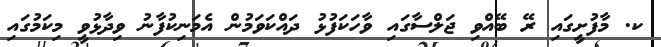
ކ. މާފުށީގައި ރޭ ބޭއްވި ޖަލްސާގައި ވާހަކަފުޅު ދައްކަވަމުން އެމަނިކުފާނު ވިދާޅުވީ މިކަމުގައި